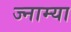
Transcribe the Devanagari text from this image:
ज्नाम्या